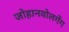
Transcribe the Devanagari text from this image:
जोहानवोलगेंग